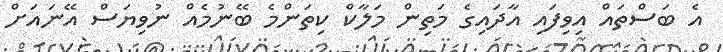
އެ ބަސްތައް އިވިފައި އާދައިގެ މަތިން މަލާކް ކިތަންމެ ބޭނުމެއް ނުވިޔަސް އޭނައަށް